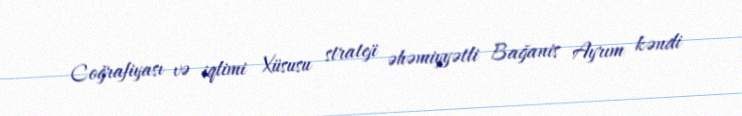
Coğrafiyası və iqlimi Xüsusu strateji əhəmiyyətli Bağanis Ayrım kəndi